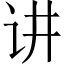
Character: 讲